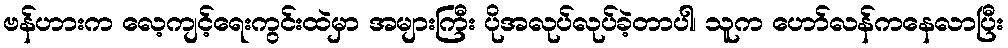
ဗန်ဟားက လေ့ကျင့်ရေးကွင်းထဲမှာ အများကြီး ပိုအလုပ်လုပ်ခဲ့တာပါ၊ သူက ဟော်လန်ကနေလာပြီး